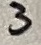
Text: 3